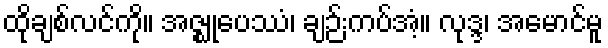
ထိုချစ်လင်ကို။ အဇ္ဈုပေဿံ၊ ချဉ်းကပ်အံ့။ လုဒ္ဒ၊ အမောင်မူ